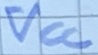
Text: VCC